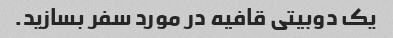
یک دوبیتی قافیه در مورد سفر بسازید.